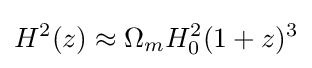
H^{2}(z)\approx \Omega _{m}H_{0}^{2}(1+z)^{3}